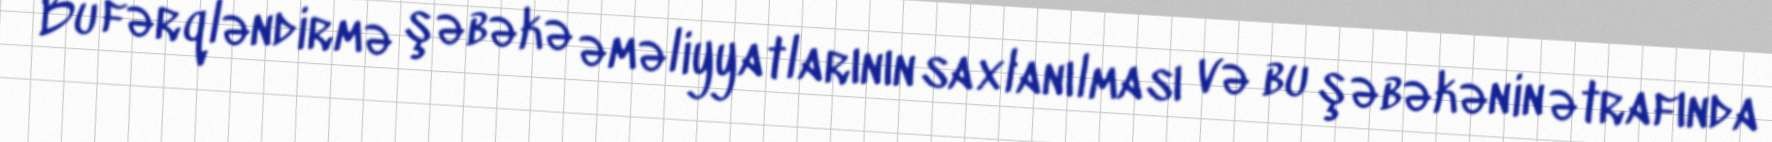
Bu fərqləndirmə şəbəkə əməliyyatlarının saxlanılması və bu şəbəkənin ətrafında